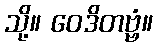
သို့။ ဝေဒိတဗ္ဗံ။